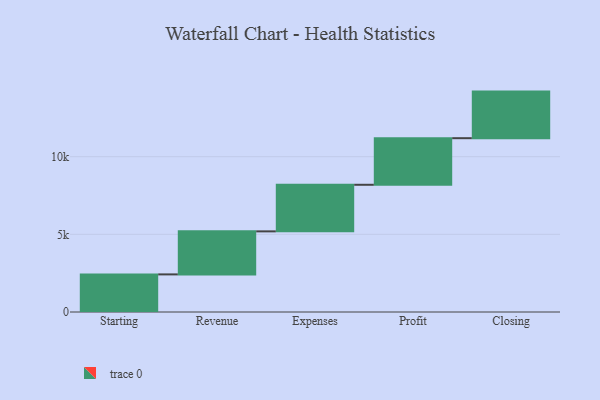
{"axis": {"x": "Step", "y": "Value"}, "legend": [""], "data": [{"x": "Starting", "y": 2421.0, "type": ""}, {"x": "Revenue", "y": 2771.0, "type": ""}, {"x": "Expenses", "y": 3000, "type": ""}, {"x": "Profit", "y": 3000, "type": ""}, {"x": "Closing", "y": 3000, "type": ""}]}